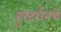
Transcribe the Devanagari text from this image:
दुरदर्शनचे